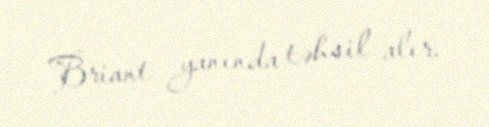
Briant yanında təhsil alır.